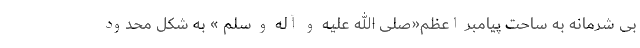
بی شرمانه به ساحت پیامبر اعظم«صلی الله علیه و آله و سلم » به شکل محدود